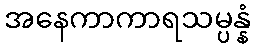
အနေကာကာရသမ္ပန္နံ